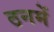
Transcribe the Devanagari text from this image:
ठनमें